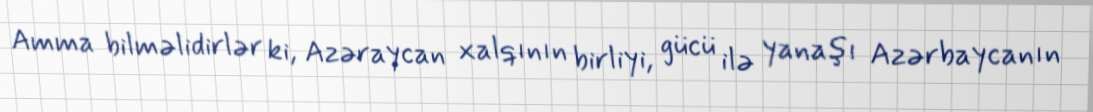
Amma bilməlidirlər ki, Azəraycan xalqının birliyi, gücü ilə yanaşı Azərbaycanın